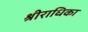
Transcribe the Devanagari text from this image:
श्रीराधिका